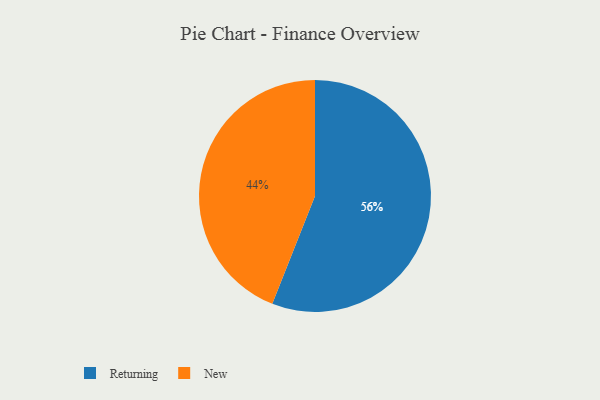
{"axis": {"x": "Category", "y": "Percentage"}, "legend": ["New", "Returning"], "data": [{"x": "New", "y": 44, "type": "New"}, {"x": "Returning", "y": 56, "type": "Returning"}]}